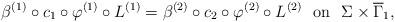
LaTeX: \begin{align*}\beta^{(1)}\circ c_1\circ\varphi^{(1)}\circ L^{(1)}=\beta^{(2)}\circ c_{2}\circ \varphi^{(2)}\circ L^{(2)}\ \ \mbox{on}\ \ \Sigma\times \overline\Gamma_1,\end{align*}